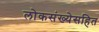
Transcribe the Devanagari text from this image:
लोकसंख्येसहित